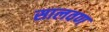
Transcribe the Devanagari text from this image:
सालवण